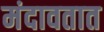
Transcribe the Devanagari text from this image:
मंदावतात